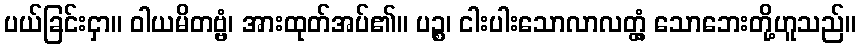
ပယ်ခြင်းငှာ။ ဝါယမိတဗ္ဗံ၊ အားထုတ်အပ်၏။ ပဉ္စ၊ ငါးပါးသောလာလတ္တံ့ သောဘေးတို့ဟူသည်။